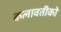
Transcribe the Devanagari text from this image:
कलावतीको